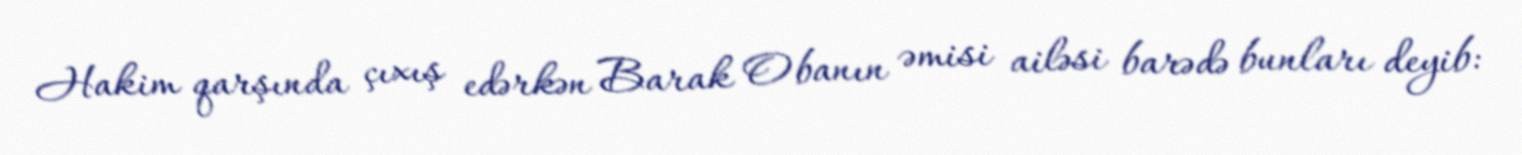
Hakim qarşında çıxış edərkən Barak Obanın əmisi ailəsi barədə bunları deyib: